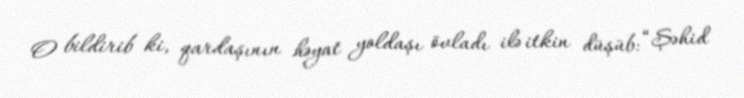
O bildirib ki, qardaşının həyat yoldaşı övladı ilə itkin düşüb: “Şəhid